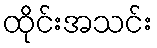
ထိုင်းအသင်း